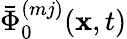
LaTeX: \bar{\Phi}_{0}^{(mj)}(\mathbf{x},t)